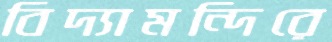
বিদ্যামন্দিরে